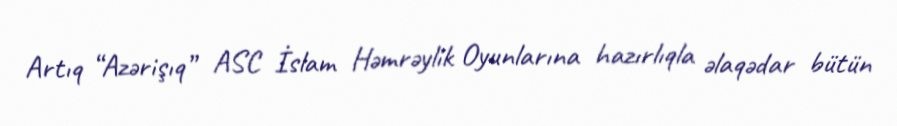
Artıq “Azərişıq” ASC İslam Həmrəylik Oyunlarına hazırlıqla əlaqədar bütün